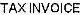
TAX INVOICE